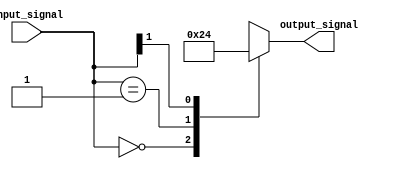
module Casez_statement(input [1:0] input_signal,
                          output reg [1:0] output_signal);

   // Define the Behavioral modeling block using Casez statement
   always @(*)
   begin
      casez(input_signal)
         2'b00: output_signal <= 2'b10; // if input_signal is 2'b00, output_signal will be assigned 2'b10
         2'b01: output_signal <= 2'b01; // if input_signal is 2'b01, output_signal will be assigned 2'b01
         2'b1?: output_signal <= 2'b00; // if input_signal is 2'bx1 or 2'b11, output_signal will be assigned 2'b00
         default: output_signal <= 2'b11; // default case if none of the above conditions are met
      endcase
   end

endmodule